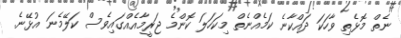
ނެތް މޮޅެތި ވާހަކަ ދައްކާނެ ކަމެއްނެތް މިކަހަލަ ކޮންމެ ޖަރީމާއެއްގައިވެސް ކަލޭމެނަ އުޅޭނެ.